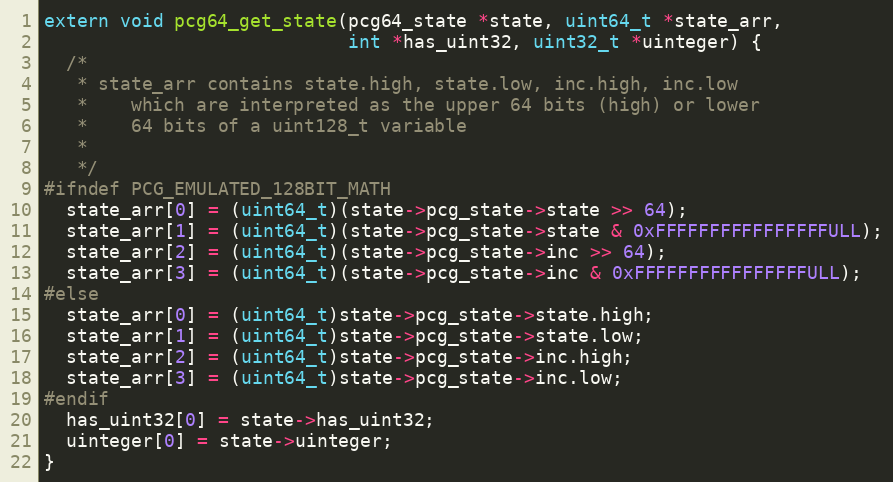
Language: C
extern void pcg64_get_state(pcg64_state *state, uint64_t *state_arr,
                            int *has_uint32, uint32_t *uinteger) {
  /*
   * state_arr contains state.high, state.low, inc.high, inc.low
   *    which are interpreted as the upper 64 bits (high) or lower
   *    64 bits of a uint128_t variable
   *
   */
#ifndef PCG_EMULATED_128BIT_MATH
  state_arr[0] = (uint64_t)(state->pcg_state->state >> 64);
  state_arr[1] = (uint64_t)(state->pcg_state->state & 0xFFFFFFFFFFFFFFFFULL);
  state_arr[2] = (uint64_t)(state->pcg_state->inc >> 64);
  state_arr[3] = (uint64_t)(state->pcg_state->inc & 0xFFFFFFFFFFFFFFFFULL);
#else
  state_arr[0] = (uint64_t)state->pcg_state->state.high;
  state_arr[1] = (uint64_t)state->pcg_state->state.low;
  state_arr[2] = (uint64_t)state->pcg_state->inc.high;
  state_arr[3] = (uint64_t)state->pcg_state->inc.low;
#endif
  has_uint32[0] = state->has_uint32;
  uinteger[0] = state->uinteger;
}